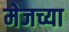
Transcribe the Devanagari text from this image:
मेजच्या